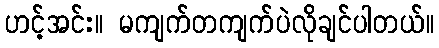
ဟင့်အင်း။ မကျက်တကျက်ပဲလိုချင်ပါတယ်။